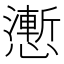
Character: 𭟌